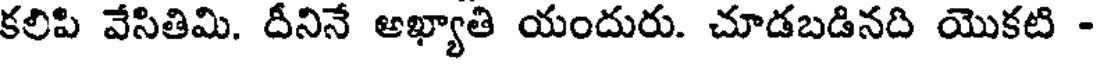
కలిపి వేసితిమి. దీనినే అఖ్యాతి యందురు. చూడబడినది యొకటి -